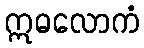
ဣဓလောကံ